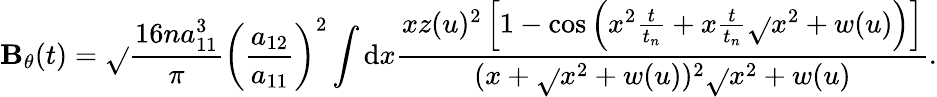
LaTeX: \mathbf{B}_{\theta}(t)=\sqrt{}{{\frac{{16na_{11}^{3}}}{{\pi}}}}\left(\frac{{a_{12}}}{{a_{11}}}\right)^{2}\int\mathrm{{d}}x\frac{{xz(u)^{2}\left[1-\cos\left(x^{2}\frac{{t}}{{t_{n}}}+x\frac{{t}}{{t_{n}}}\sqrt{}{{x^{2}+w(u)}}\right)\right]}}{{(x+\sqrt{}{{x^{2}+w(u)}})^{2}\sqrt{}{{x^{2}+w(u)}}}}.